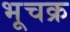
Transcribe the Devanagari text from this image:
भूचक्र